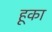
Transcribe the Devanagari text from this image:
हूका